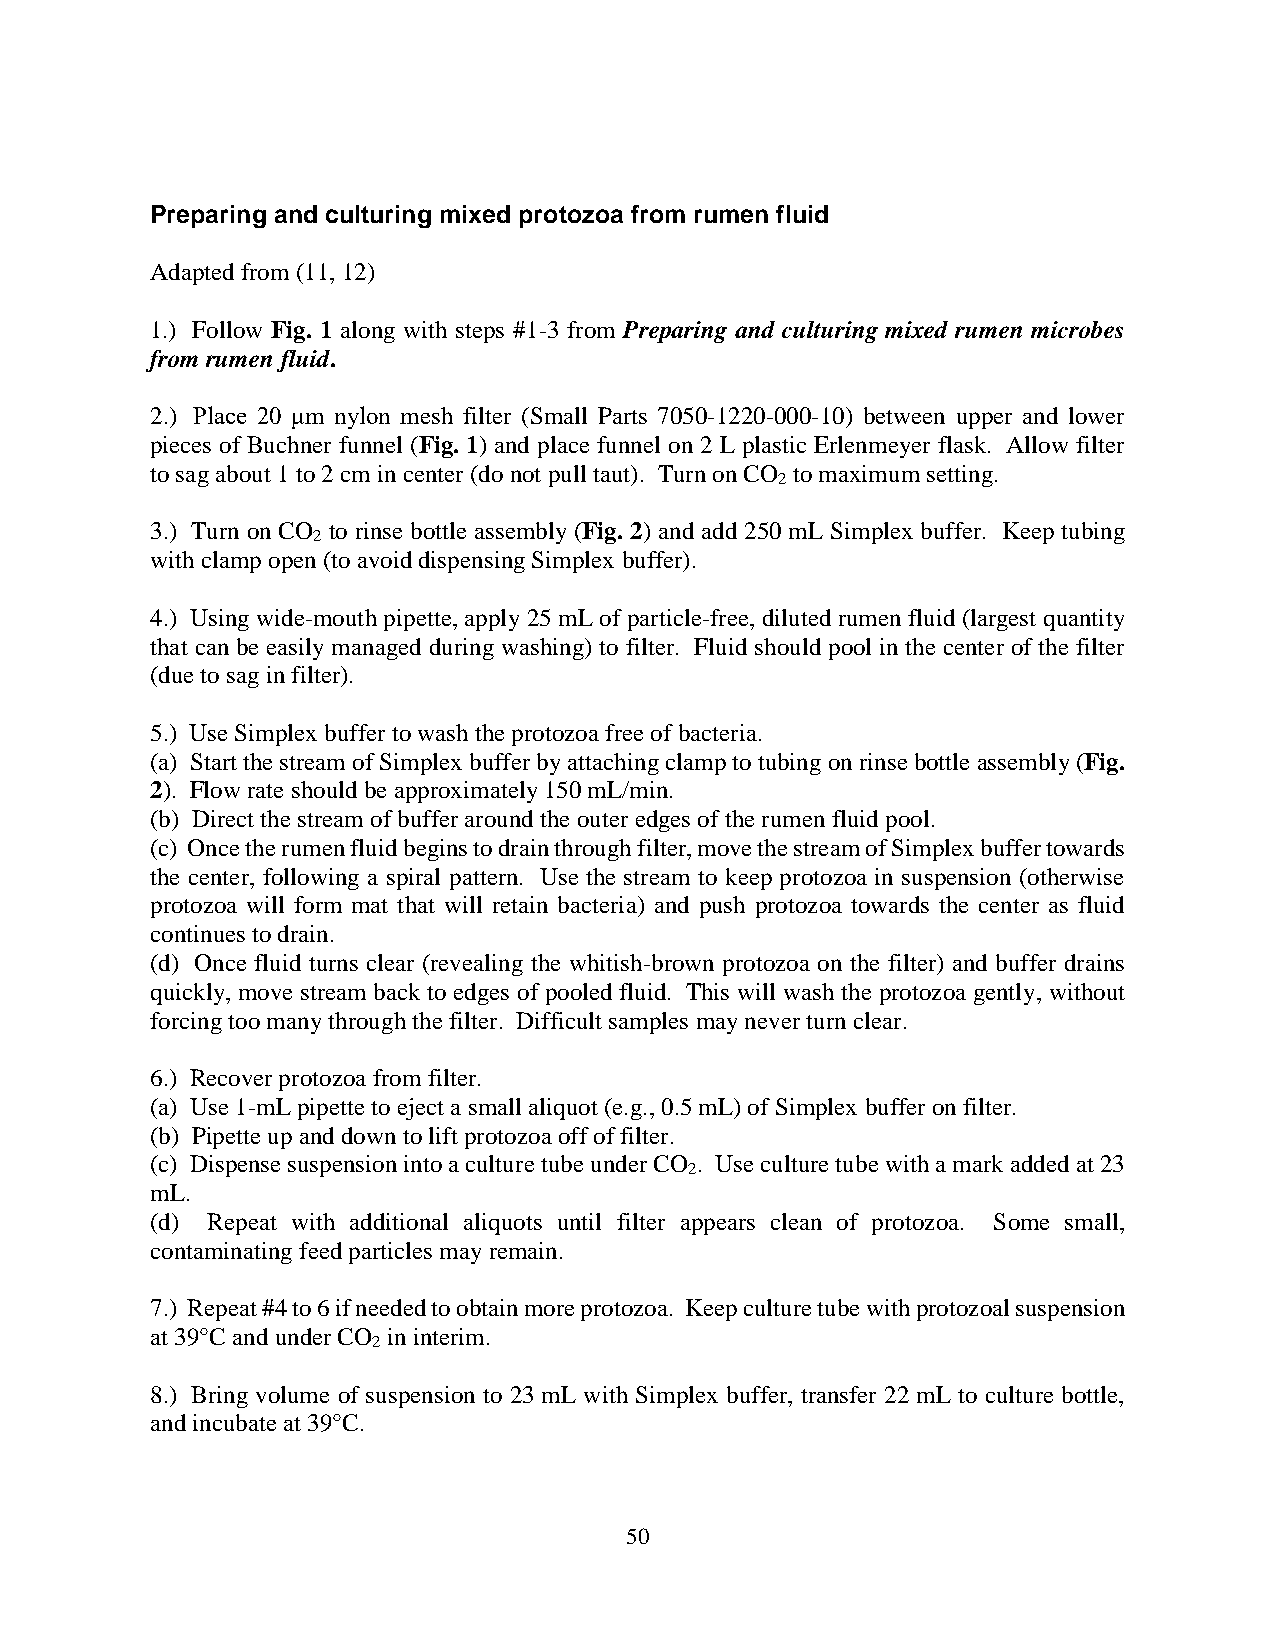
Preparing and culturing mixed protozoa from rumen fluid
 Adapted from (11, 12)
 1.) Follow Fig. 1 along with steps #1-3 from Preparing and culturing mixed rumen microbes
 from rumen fluid.
 2.) Place 20 μm nylon mesh filter (Small Parts 7050-1220-000-10) between upper and lower
 pieces of Buchner funnel (Fig. 1) and place funnel on 2 L plastic Erlenmeyer flask. Allow filter
 to sag about 1 to 2 cm in center (do not pull taut). Turn on CO to maximum setting.
 2
 3.) Turn on CO to rinse bottle assembly (Fig. 2) and add 250 mL Simplex buffer. Keep tubing
 2
 with clamp open (to avoid dispensing Simplex buffer).
 4.) Using wide-mouth pipette, apply 25 mL of particle-free, diluted rumen fluid (largest quantity
 that can be easily managed during washing) to filter. Fluid should pool in the center of the filter
 (due to sag in filter).
 5.) Use Simplex buffer to wash the protozoa free of bacteria.
 (a) Start the stream of Simplex buffer by attaching clamp to tubing on rinse bottle assembly (Fig.
 2). Flow rate should be approximately 150 mL/min.
 (b) Direct the stream of buffer around the outer edges of the rumen fluid pool.
 (c) Once the rumen fluid begins to drain through filter, move the stream of Simplex buffer towards
 the center, following a spiral pattern. Use the stream to keep protozoa in suspension (otherwise
 protozoa will form mat that will retain bacteria) and push protozoa towards the center as fluid
 continues to drain.
 (d) Once fluid turns clear (revealing the whitish-brown protozoa on the filter) and buffer drains
 quickly, move stream back to edges of pooled fluid. This will wash the protozoa gently, without
 forcing too many through the filter. Difficult samples may never turn clear.
 6.) Recover protozoa from filter.
 (a) Use 1-mL pipette to eject a small aliquot (e.g., 0.5 mL) of Simplex buffer on filter.
 (b) Pipette up and down to lift protozoa off of filter.
 (c) Dispense suspension into a culture tube under CO . Use culture tube with a mark added at 23
 2
 mL.
 (d) Repeat with additional aliquots until filter appears clean of protozoa. Some small,
 contaminating feed particles may remain.
 7.) Repeat #4 to 6 if needed to obtain more protozoa. Keep culture tube with protozoal suspension
 at 39°C and under CO in interim.
 2
 8.) Bring volume of suspension to 23 mL with Simplex buffer, transfer 22 mL to culture bottle,
 and incubate at 39°C.
 50